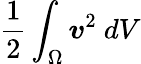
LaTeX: \frac{1}{2}\int_{\Omega}\boldsymbol{v}^{2}\ dV